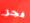
فجر